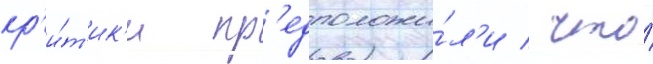
кр'и́т'ик'и пр'едположи́л'и / что́